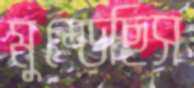
মুষ্‌ড়েছিস